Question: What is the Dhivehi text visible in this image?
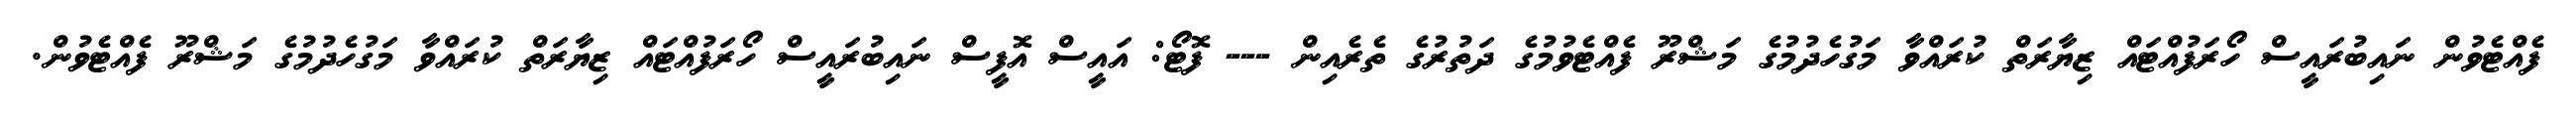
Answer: ފެއްޓެވުން ނައިބުރައީސް ހޯރަފުއްޓައް ޒިޔާރަތް ކުރައްވާ މަގުހެދުމުގެ މަޝްރޫ ފެއްޓެވުމުގެ ދަތުރުގެ ތެރެއިން --- ފޮޓޯ: އައީސް އޮފީސް ނައިބުރައީސް ހޯރަފުއްޓައް ޒިޔާރަތް ކުރައްވާ މަގުހެދުމުގެ މަޝްރޫ ފެއްޓެވުން.